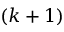
( k + 1 )